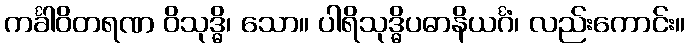
ကင်္ခါဝိတရဏ ဝိသုဒ္ဓိ၊ သော။ ပါရိသုဒ္ဓိပဓာနိယင်္ဂံ၊ လည်းကောင်း။